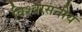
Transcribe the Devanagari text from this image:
विश्वासनीय